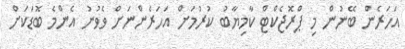
އަހަރެން ބޭނުން މި ޕްރޮޖެކްޓް ކާމިޔާބު ކުރުމަށް އަހަރެންނަށް ވެވުނު އެންމެ ބޮޑަކަށް